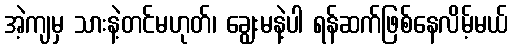
အဲ့ကျမှ သားနဲ့တင်မဟုတ်၊ ချွေးမနဲ့ပါ ရန်ဆက်ဖြစ်နေလိမ့်မယ်